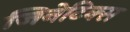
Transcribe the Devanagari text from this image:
जिनेटिक्स